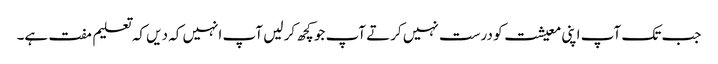
جب تک آپ اپنی معیشت کو درست نہیں کرتے آپ جو کچھ کر لیں آپ انہیں کہ دیں کہ تعلیم مفت ہے۔